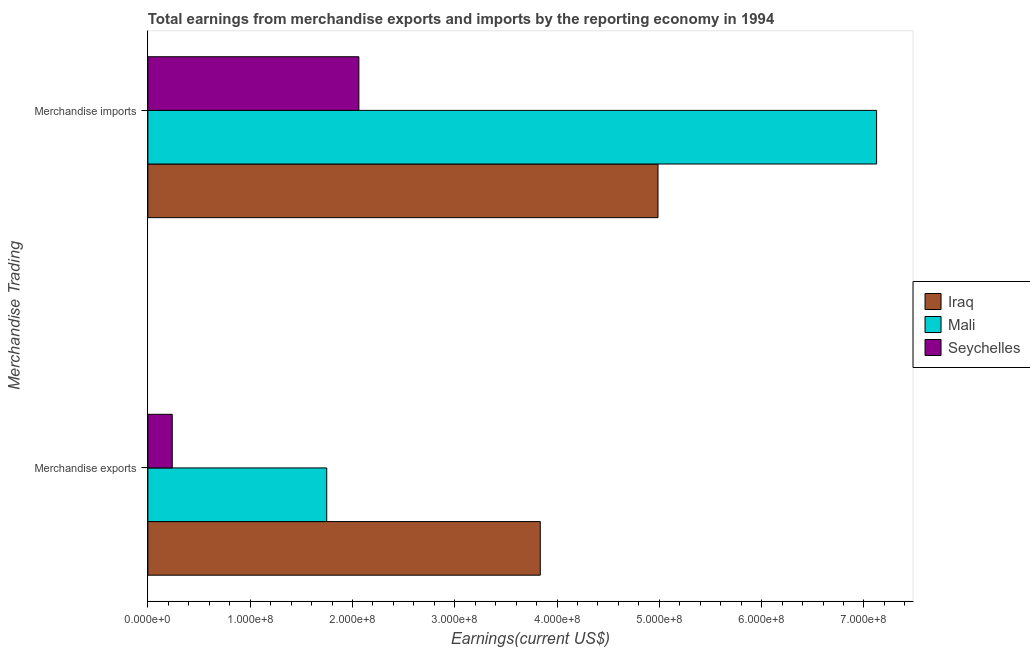
| Merchandise Trading | Iraq | Mali | Seychelles |
 | --- | --- | --- | --- |
 | Merchandise exports | 3.84e+08 | 1.75e+08 | 2.38e+07 |
 | Merchandise imports | 4.99e+08 | 7.12e+08 | 2.06e+08 |